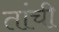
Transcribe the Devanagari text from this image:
तांची